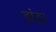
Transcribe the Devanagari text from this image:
झंड़ा